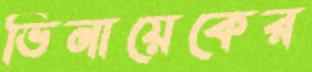
ভিনায়েকের